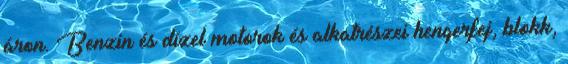
áron. Benzin és dízel motorok és alkatrészei hengerfej, blokk,